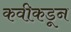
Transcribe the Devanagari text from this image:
कवीकडून